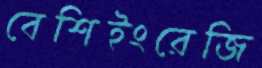
বেশিইংরেজি